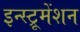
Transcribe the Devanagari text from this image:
इन्‍स्ट्रूमेंशन